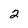
Character: 2